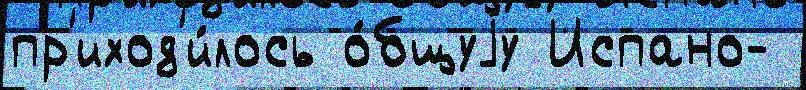
пр'иход'и́лось о́бщуjу Испано-